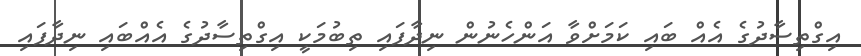
އިގްތިސާދުގެ އެއް ބައި ކަމަށްވާ އަންހެނުން ނިދާފައި ތިބުމަކީ އިގްތިސާދުގެ އެއްބައި ނިދާފައި